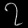
Digit: ၇